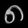
Digit: ၈